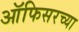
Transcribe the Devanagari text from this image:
ऑफिसरच्या